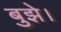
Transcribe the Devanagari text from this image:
बुझे।